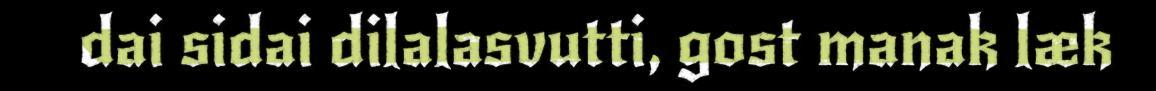
dai sidai dilalasvutti, gost manak læk